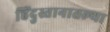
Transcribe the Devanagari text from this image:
हिंदुस्तानातल्या